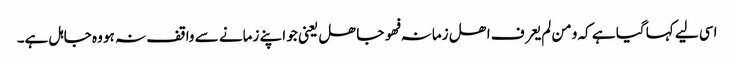
اسی لیے کہا گیا ہے کہ ومن لم یعرف اھل زمانہ فھو جاھل یعنی جو اپنے زمانے سے واقف نہ ہو وہ جاہل ہے۔